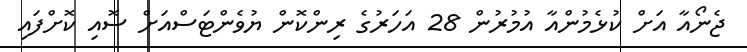
ޖެނޯއާ އަށް ކުޅެމުންއާ އުމުރުން 28 އަހަރުގެ ރިންކޮން ޔުވެންޓަސްއަށް ސޮއި ކޮށްފައި